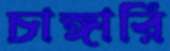
চাঙ্গারি